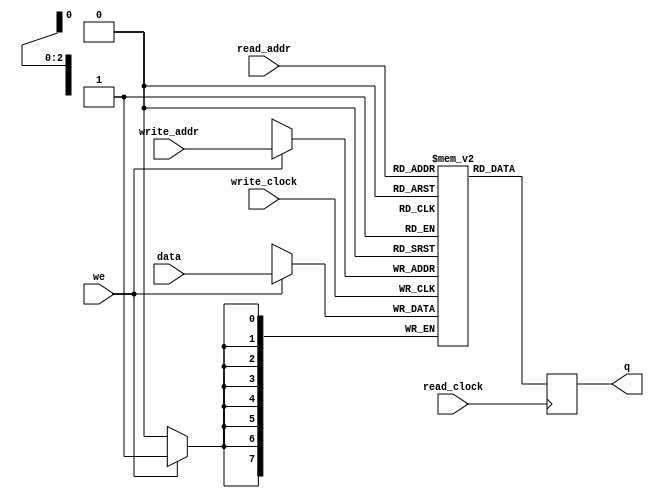
module SDP_DCRAM #(parameter DATA_WIDTH=8, parameter ADDR_WIDTH=3)
(
	input [(DATA_WIDTH-1):0] data,
	input [(ADDR_WIDTH-1):0] read_addr, write_addr,
	input we, read_clock, write_clock,
	output reg [(DATA_WIDTH-1):0] q
);
	
	// Declare the RAM variable
	reg [DATA_WIDTH-1:0] ram[2**ADDR_WIDTH-1:0];
	
	always @ (posedge write_clock)
	begin
		// Write
		if (we)
			ram[write_addr] <= data;
	end
	
	always @ (posedge read_clock)
	begin
		// Read 
		q <= ram[read_addr];
	end
	
endmodule